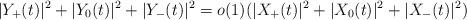
LaTeX: \begin{align*}|Y_+(t)|^2 + |Y_0 (t)|^2 + |Y_-(t)|^2 = o(1)(|X_+(t)|^2 + |X_0 (t)|^2 + |X_-(t)|^2)\end{align*}